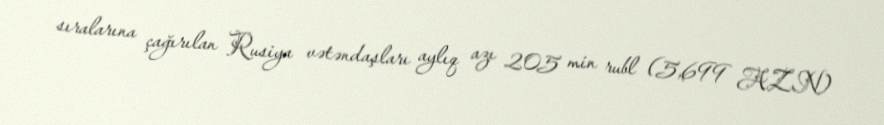
sıralarına çağırılan Rusiya vətəndaşları aylıq azı 205 min rubl (5,699 AZN)